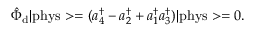
\hat { \Phi } _ { \mathrm { d } } \vert \mathrm { p h y s } > = ( a _ { 4 } ^ { \dagger } - a _ { 2 } ^ { \dagger } + a _ { 1 } ^ { \dagger } a _ { 3 } ^ { \dagger } ) \vert \mathrm { p h y s } > = 0 .